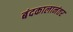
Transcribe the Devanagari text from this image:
बंदकालानंतर